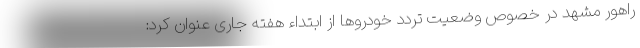
راهور مشهد در خصوص وضعیت تردد خودروها از ابتداء هفته جاری عنوان کرد: